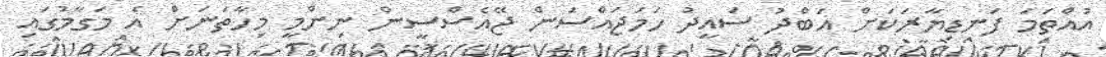
އުއްތަމަ ފަނޑިޔާރަކަށް އަބްދު ސައީދު ހަމަޖައްސަން ޖޭއެސްސީން ނިންމީ މިހާތަނަށް އެ މަގާމުގައި